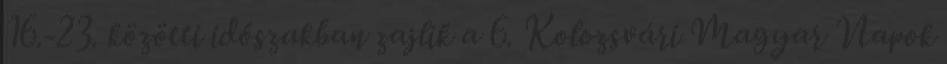
16.-23. közötti időszakban zajlik a 6. Kolozsvári Magyar Napok